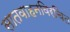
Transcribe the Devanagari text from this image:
सातवाहनविरचित